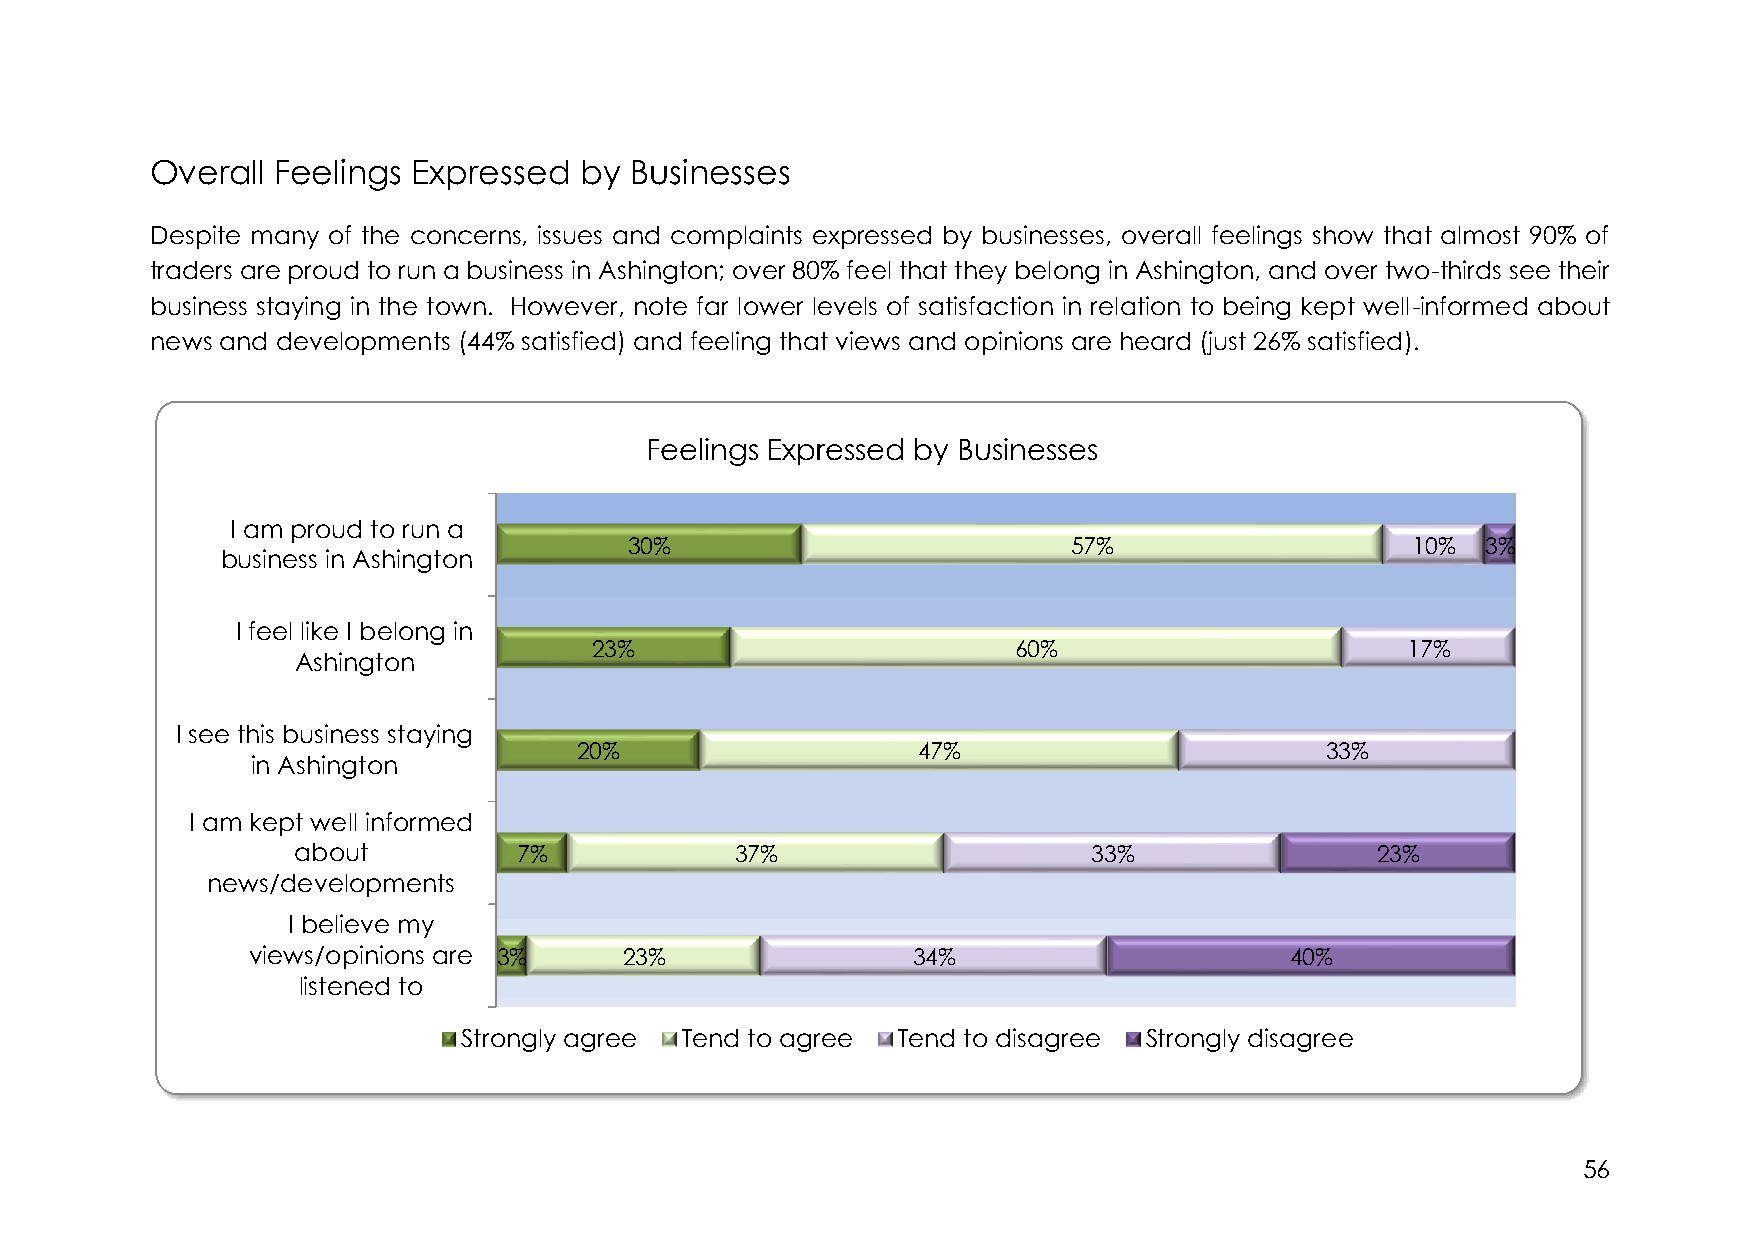
Overall Feelings Expressed  by  Businesses
 Despite many of the concerns, issues and complaints expressed by businesses, overall feelings show that almost 90% of
 traders are proud to run a business in Ashington; over 80% feel that they belong in Ashington, and over two-thirds see their
 business staying in the town. However, note far lower levels of satisfaction in relation to being kept well-informed about
 news and developments (44% satisfied) and feeling that views and opinions are heard (just 26% satisfied).
 Feelings Expressed by Businesses
 I am proud to run a
 30%                          57%                   10%  3%
 business in Ashington
 I feel like I belong in
 23%                         60%                       17%
 Ashington
 I see this business staying
 20%                    47%                        33%
 in Ashington
 I am kept well informed
 about          7%             37%                    33%                23%
 news/developments
 I believe my
 views/opinions are 3%    23%                34%                      40%
 listened to
 Strongly agree Tend to agree Tend to disagree Strongly disagree
 56